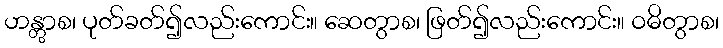
ဟန္တွာစ၊ ပုတ်ခတ်၍လည်းကောင်း။ ဆေတွာစ၊ ဖြတ်၍လည်းကောင်း။ ဝဓိတွာစ၊